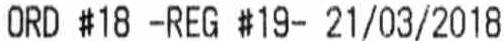
ORD #18 -REG #19- 21/03/2018